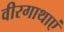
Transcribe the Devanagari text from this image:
वीरगाथाएं